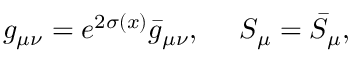
g _ { \mu \nu } = e ^ { 2 \sigma ( x ) } \bar { g } _ { \mu \nu } , \ \ \ \ S _ { \mu } = \bar { S } _ { \mu } ,